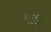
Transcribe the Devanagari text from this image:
ग़ाड